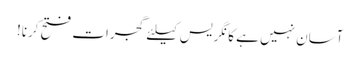
آسان نہیں ہے کانگریس کیلئے گجرات فتح کرنا!